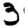
Digit: 3